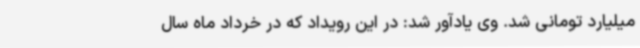
میلیارد تومانی شد. وی یادآور شد: در این رویداد که در خرداد ماه سال